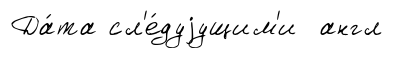
Да́та сл'е́дуjущим'и англ